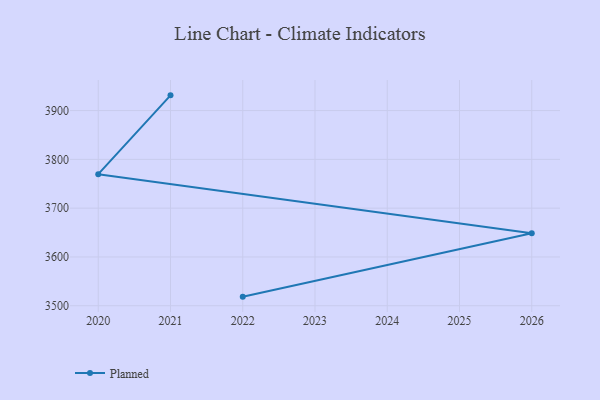
{"axis": {"x": "Year", "y": "Energy Usage (MWh)"}, "legend": ["Planned"], "data": [{"x": "2021", "y": 3931.2, "type": "Planned"}, {"x": "2020", "y": 3769.7, "type": "Planned"}, {"x": "2026", "y": 3648.6, "type": "Planned"}, {"x": "2022", "y": 3518.6, "type": "Planned"}]}